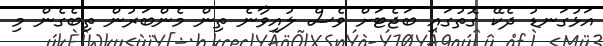
އަޅުގަނޑު ދެކޭ ގޮތުގައި ބަޖެޓަށް ވެސް ލުއިވާނެ ތިން މެންބަރުން ތިބެގެން މި